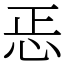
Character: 𢘫